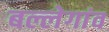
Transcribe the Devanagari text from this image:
बल्लेगांव